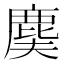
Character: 𪊐